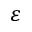
\varepsilon